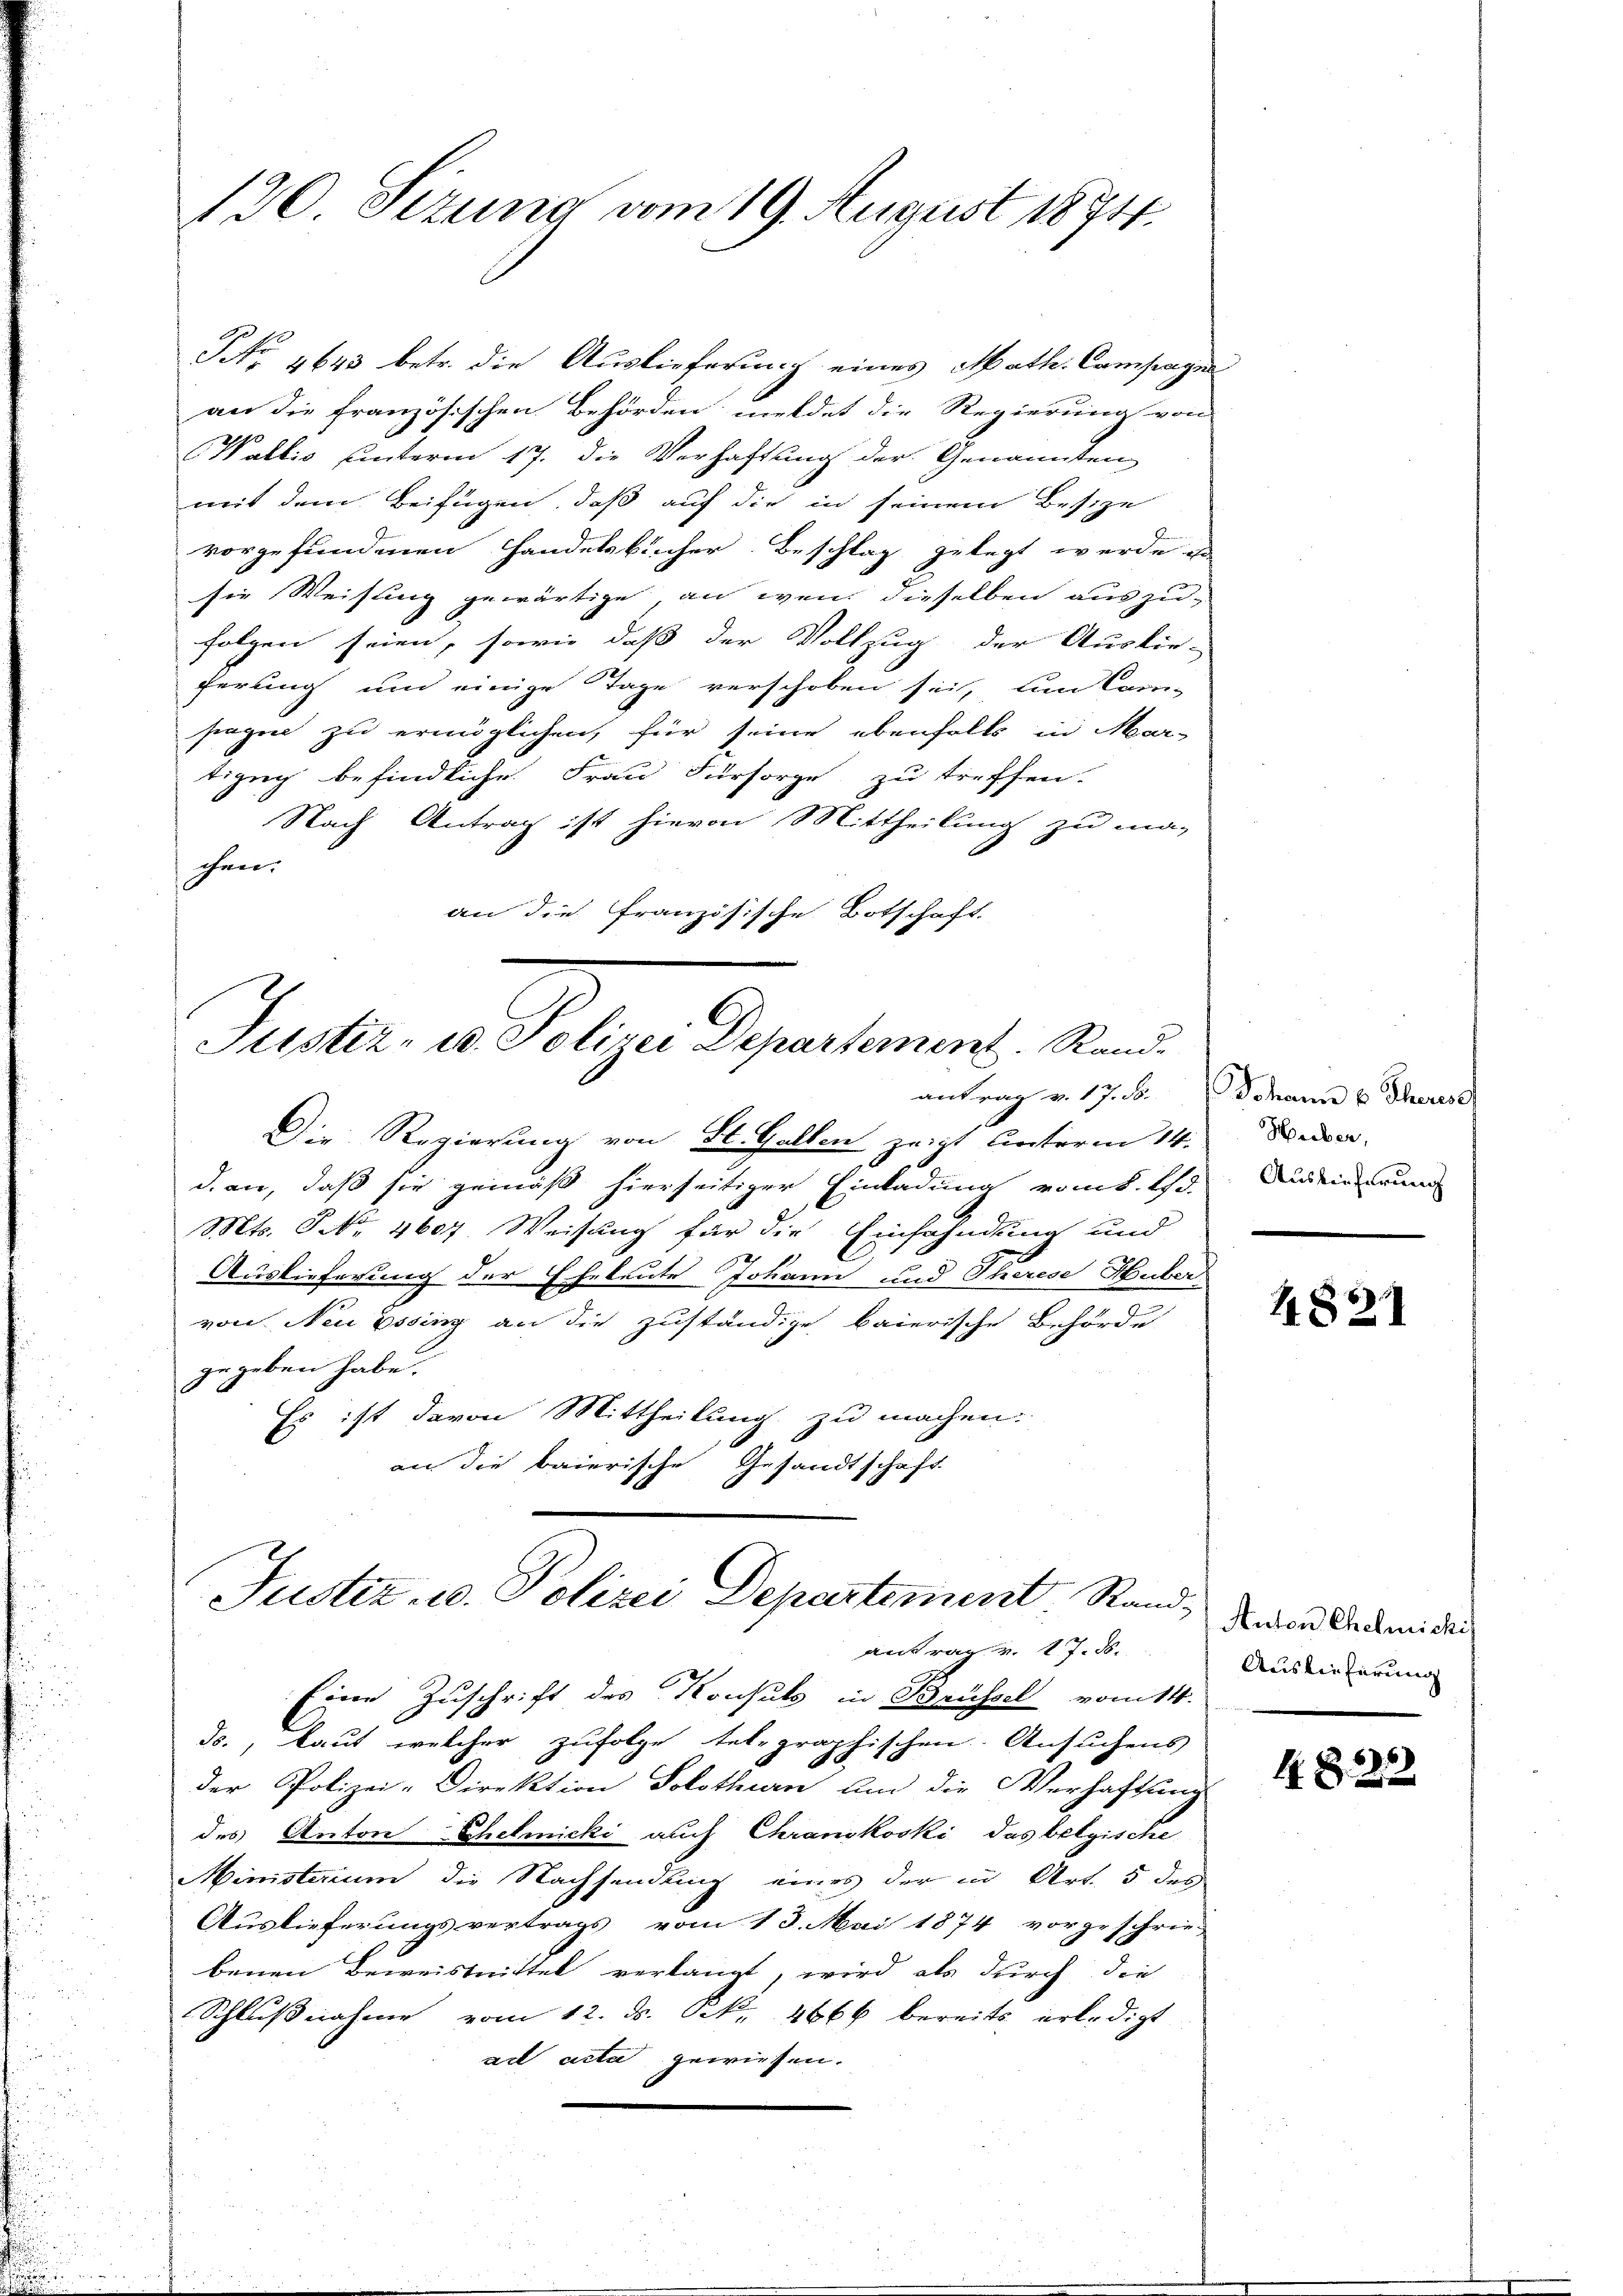
n

130. Jezung vom 19. August 1874.

NNo. 1643 betr. die Auslieferung eines Math. Camstagen
an die französischen Behörden meldet die Regierung von
Wallis unterm 17. die Verhaftung der Genannten
mit dem Beifügen, daß auf die in seinem Besize
vorgefundenen Handelsbücher Beschlag gelegt werde ist
sie Weisung gewärtige, an wenn dieselben auszu-
folgen seien, sowie daß der Vollzug der Auslie-
ferung und einige Tage verschoben sei, um Com-
sagen zu ermöglichen, für seine ebenfalls in Mar-
tizig befindliche Frau Fürsorge zu treffen.
Nach Antrag ist hievon Mittheilung zu ma-
chen.
an die Französische Botschaft.
Justiz- u. Polizei Departement. Randantrag v. 17. 6. Johann u. Theress
Die Regierung von St. Gallen zeigt unterm 14.
d. an, daß sie gemäß hierseitiger Einladung vom 8. d. d.
Mts. S. Nr. 4607 Weisung für die Einfahndung und
Auslieferung der Eheleute Johann und Therese Huber
von Neu Essing an die zuständige baierische Behörde
gegeben habe.
Es ist davon Mittheilung zu machen.
an die baierische Gesandtschaft

Justiz u. Polizei Departement Stand,
antrag v. 17. d.

Eine Zuschrift des Konsuls in Brüssel vom 14.
ds., laut welcher zufolge telegraphischen Ansuchens
der Polizei-Direktion Solothurn um die Verhaftung
des Anton Schelmicki auch Chranskoski das belgische
Ministerium die Nachsendung eines der in Art. 5 des
Auslieferungsvertrags vom 13. Mai 1874 vorgeschrie-
benen Beweistrittel verlangt, wird als durch die
Schlußnahme vom 12. ds. k. 4666 bereits erledigt
ad acta gewiesen.

Heiber,
Auslieferung

482

Auten Chemichis
Auslieferung

48. 222